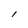
Character: l